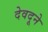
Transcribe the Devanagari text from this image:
देवदूने